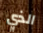
الذي